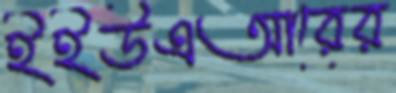
ইইউএআরের